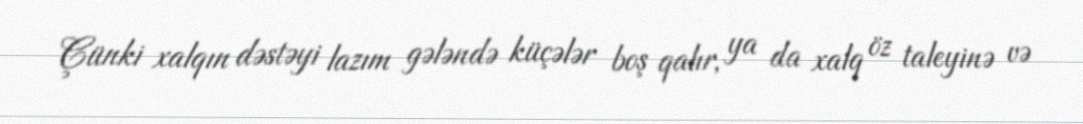
Çünki xalqın dəstəyi lazım gələndə küçələr boş qalır, ya da xalq öz taleyinə və